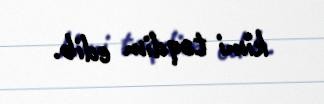
kimi təqdim edib.